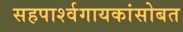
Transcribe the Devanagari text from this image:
सहपार्श्वगायकांसोबत